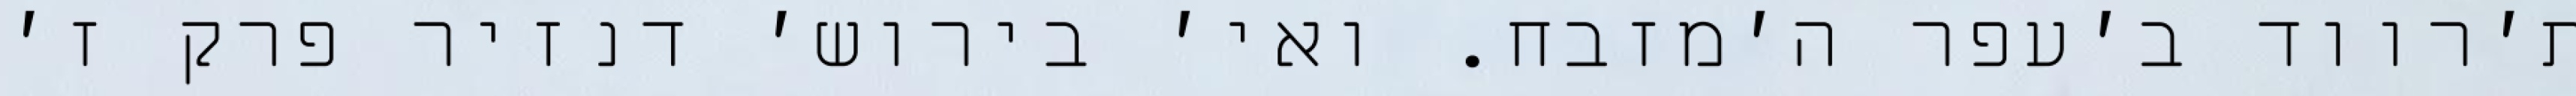
ת׳רווד ב׳עפר ה׳מזבח. ואי׳ בירוש׳ דנזיר פרק ז׳